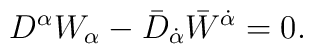
D^{\alpha}W_{\alpha}-\bar{D}_{\dot\alpha}\bar{W}^{\dot\alpha}=0.